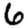
Digit: 6